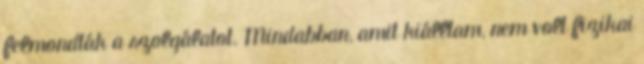
felmondták a szolgálatot. Mindabban, amit kiálltam, nem volt fizikai